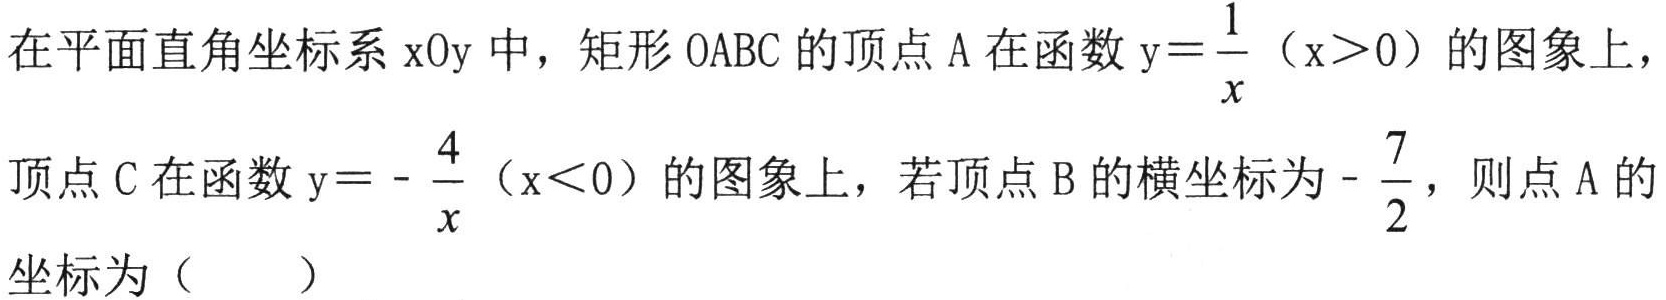
在平面直角坐标系\(xOy\)中，矩形\(OABC\)的顶点\(A\)在函数\(y = \frac{1}{x}\)（\(x>0\)）的图象上，
顶点\(C\)在函数\(y = -\frac{4}{x}\)（\(x<0\)）的图象上，若顶点\(B\)的横坐标为\(-\frac{7}{2}\)，则点\(A\)的
坐标为（  ）